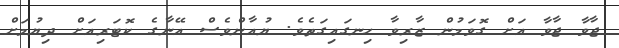
ޖާވާ ޖާވާ އަށް ގޮވަމުން ޒާރިވާ ހިނގައިގަތެވެ. ޔުއާންވެސް އޭނާގެ ކޮޓަރިއަށް ދިޔުމަށް